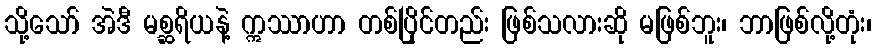
သို့သော် အဲဒီ မစ္ဆရိယနဲ့ ဣဿာဟာ တစ်ပြိုင်တည်း ဖြစ်သလားဆို မဖြစ်ဘူး၊ ဘာဖြစ်လို့တုံး၊